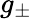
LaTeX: g_{\pm}